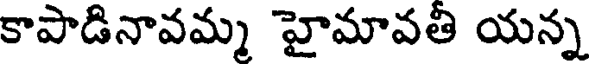
కాపాడినావమ్మ హైమావతి యన్న